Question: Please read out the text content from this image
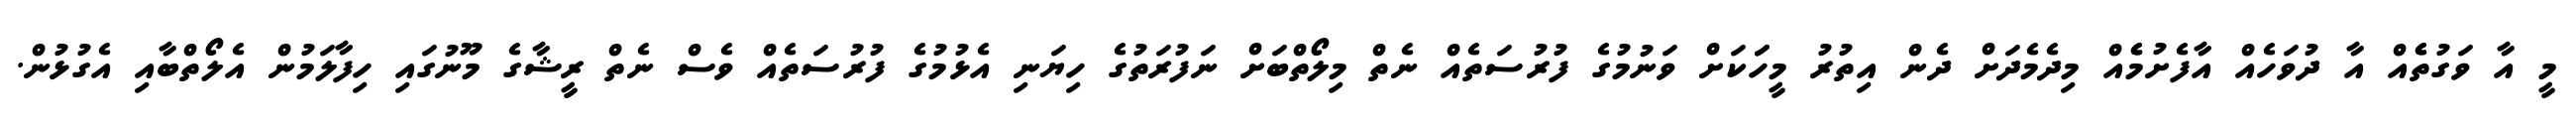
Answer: މީ އާ ވަގުތެެއް އާ ދުވަހެއް އާފެށުމެެއް މިދެމެދަށް ދެން އިތުރު މީހަަކަށް ވަނުމުގެ ފުރުސަތެއް ނެތް މިލޯތްބަށް ނަފުރަތުގެ ހިޔަނި އެޅުމުގެ ފުރުސަތެއް ވެސް ނެތް ރީޝާގެ މޫނުގައި ހިފާލަމުން އެލޯތްބާއި އެގުޅުން.